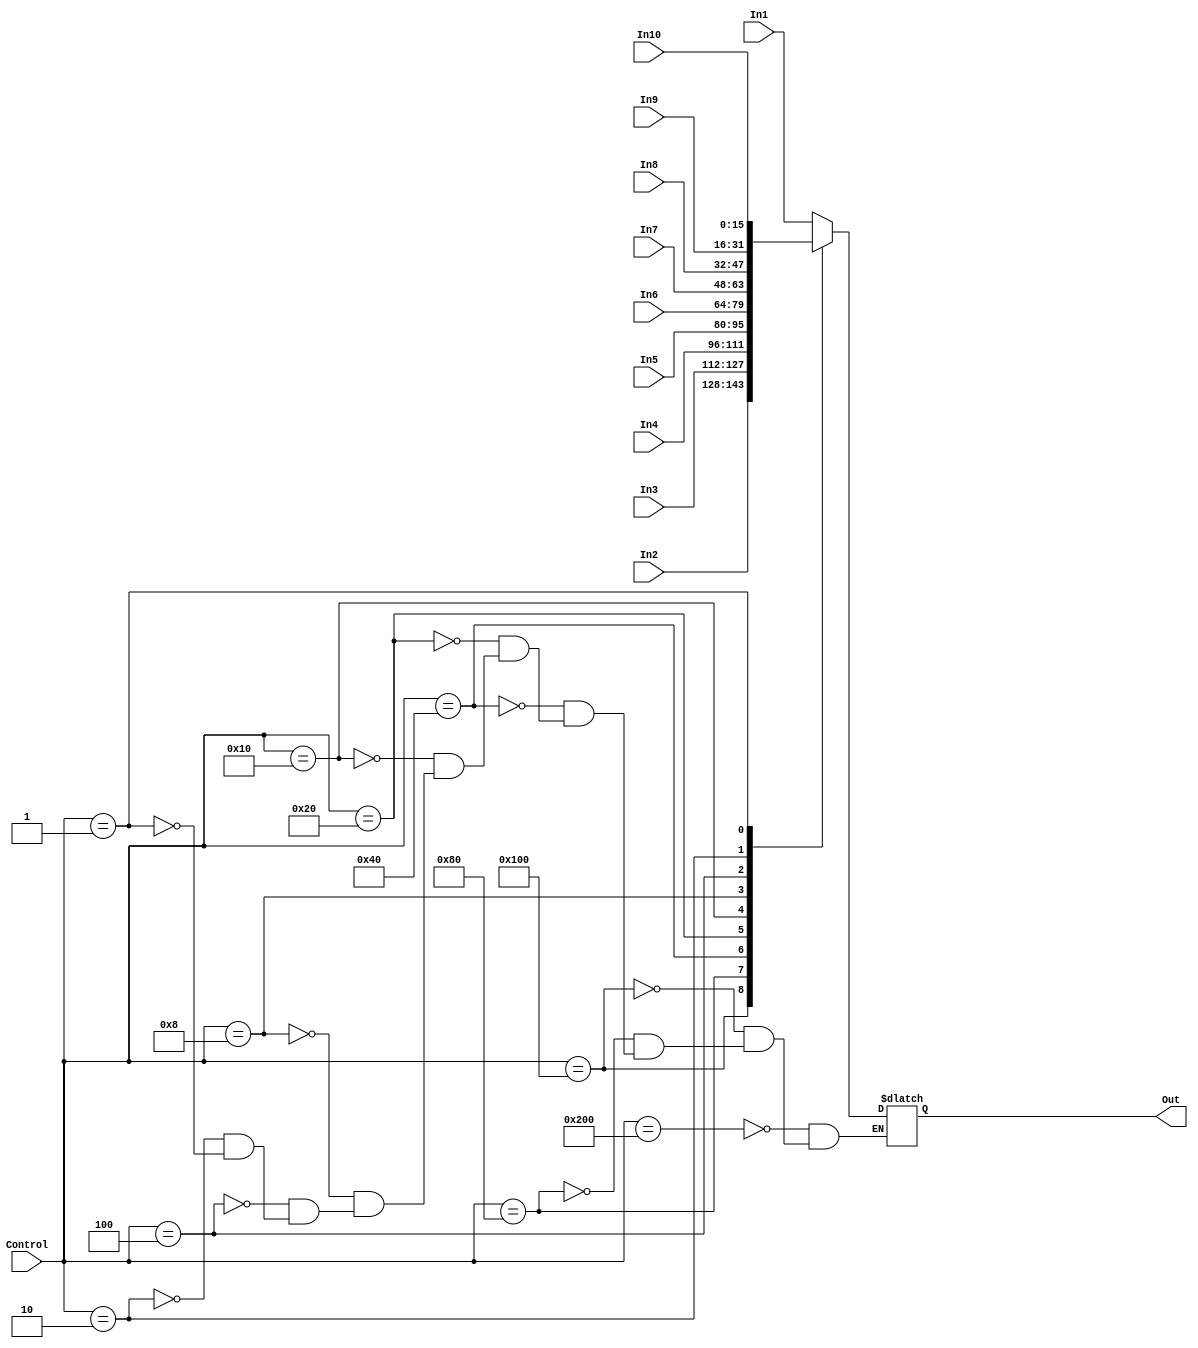
module multiplex(In1, In2, In3, In4, In5, In6, In7, In8, In9, In10, Out, Control);
	input [9:0] Control;
	input [15:0] In1, In2, In3, In4, In5, In6, In7, In8, In9, In10;
	output reg [15:0] Out;
	
	always@(*) begin
		case(Control)
			10'b1000000000: Out = In1;
			10'b0100000000: Out = In2;
			10'b0010000000: Out = In3;
			10'b0001000000: Out = In4;
			10'b0000100000: Out = In5;
			10'b0000010000: Out = In6;
			10'b0000001000: Out = In7;
			10'b0000000100: Out = In8;
			10'b0000000010: Out = In9;
			10'b0000000001: Out = In10;
		endcase
	end
	
endmodule